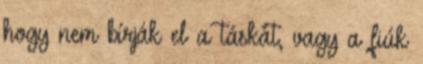
hogy nem bírják el a táskát, vagy a fiúk